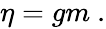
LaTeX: \begin{array}{r}{\eta=gm\ .}\end{array}